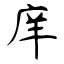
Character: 庠